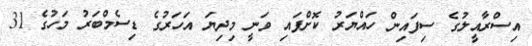
އިސްރާއީލުގެ ސިފައިން ހައްޔަރު ކޮށްފައި ވަނީ މިދިޔަ އަހަރުގެ ޑިސެމްބަރު މަހުގެ 31